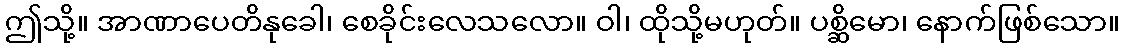
ဤသို့။ အာဏာပေတိနုခေါ၊ စေခိုင်းလေသလော။ ဝါ၊ ထိုသို့မဟုတ်။ ပစ္ဆိမော၊ နောက်ဖြစ်သော။